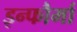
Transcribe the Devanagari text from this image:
इन्फौर्मा